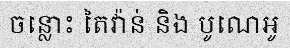
ចន្លោះ តៃវ៉ាន់ និង បូណេអូ